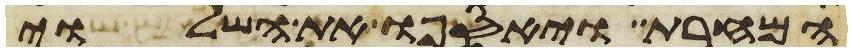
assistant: המחרת ויאספו את השלוי